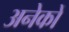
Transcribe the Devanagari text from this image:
अनेेकों